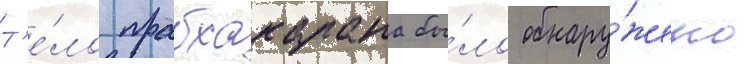
Т'е́ло прабхакарана бы́ло обнару́жено